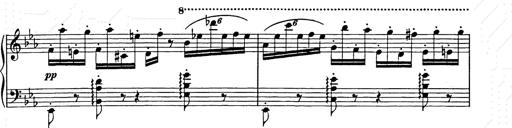
Title: Hungarian Rhapsody No.9
Composer: Franz Liszt
Key: E-flat major